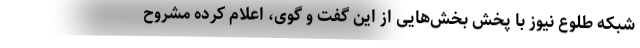
شبکه طلوع نیوز با پخش بخش‌هایی از این گفت و گوی، اعلام کرده مشروح